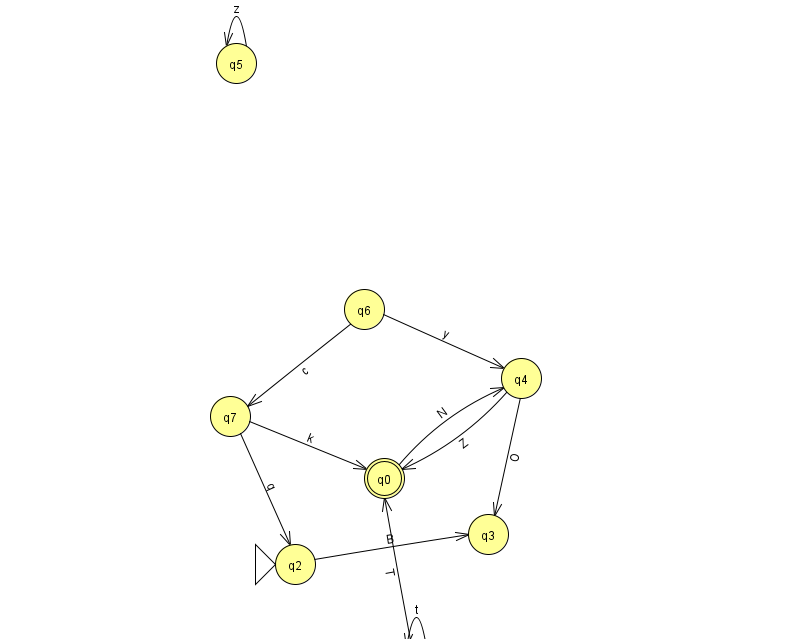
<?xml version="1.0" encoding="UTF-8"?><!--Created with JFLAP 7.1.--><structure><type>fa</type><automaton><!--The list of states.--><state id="0" name="q0"><x>384.0</x><y>465.0</y><final/></state><state id="1" name="q1"><x>416.0</x><y>651.0</y></state><state id="2" name="q2"><x>295.0</x><y>551.0</y><initial/></state><state id="3" name="q3"><x>488.0</x><y>521.0</y></state><state id="4" name="q4"><x>521.0</x><y>365.0</y></state><state id="5" name="q5"><x>236.0</x><y>50.0</y></state><state id="6" name="q6"><x>364.0</x><y>296.0</y></state><state id="7" name="q7"><x>230.0</x><y>403.0</y></state><!--The list of transitions.--><transition><from>4</from><to>3</to><read>O</read></transition><transition><from>6</from><to>4</to><read>y</read></transition><transition><from>1</from><to>0</to><read>T</read></transition><transition><from>1</from><to>1</to><read>t</read></transition><transition><from>7</from><to>0</to><read>k</read></transition><transition><from>6</from><to>7</to><read>c</read></transition><transition><from>4</from><to>0</to><read>Z</read></transition><transition><from>5</from><to>5</to><read>z</read></transition><transition><from>0</from><to>4</to><read>N</read></transition><transition><from>2</from><to>3</to><read>B</read></transition><transition><from>7</from><to>2</to><read>q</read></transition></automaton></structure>